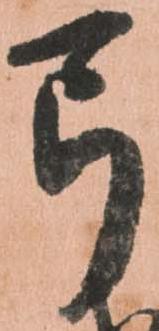
弓